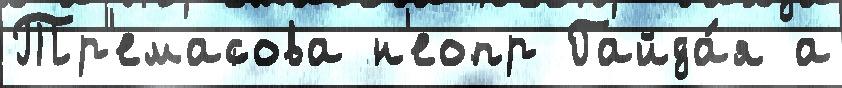
Тр'емасова н'еопр Гайда́я а